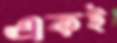
একই